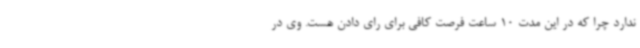
ندارد چرا که در این مدت 10 ساعت فرصت کافی برای رای دادن هست. وی در